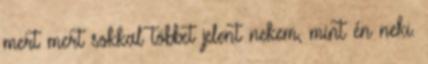
mert mert sokkal többet jelent nekem, mint én neki.